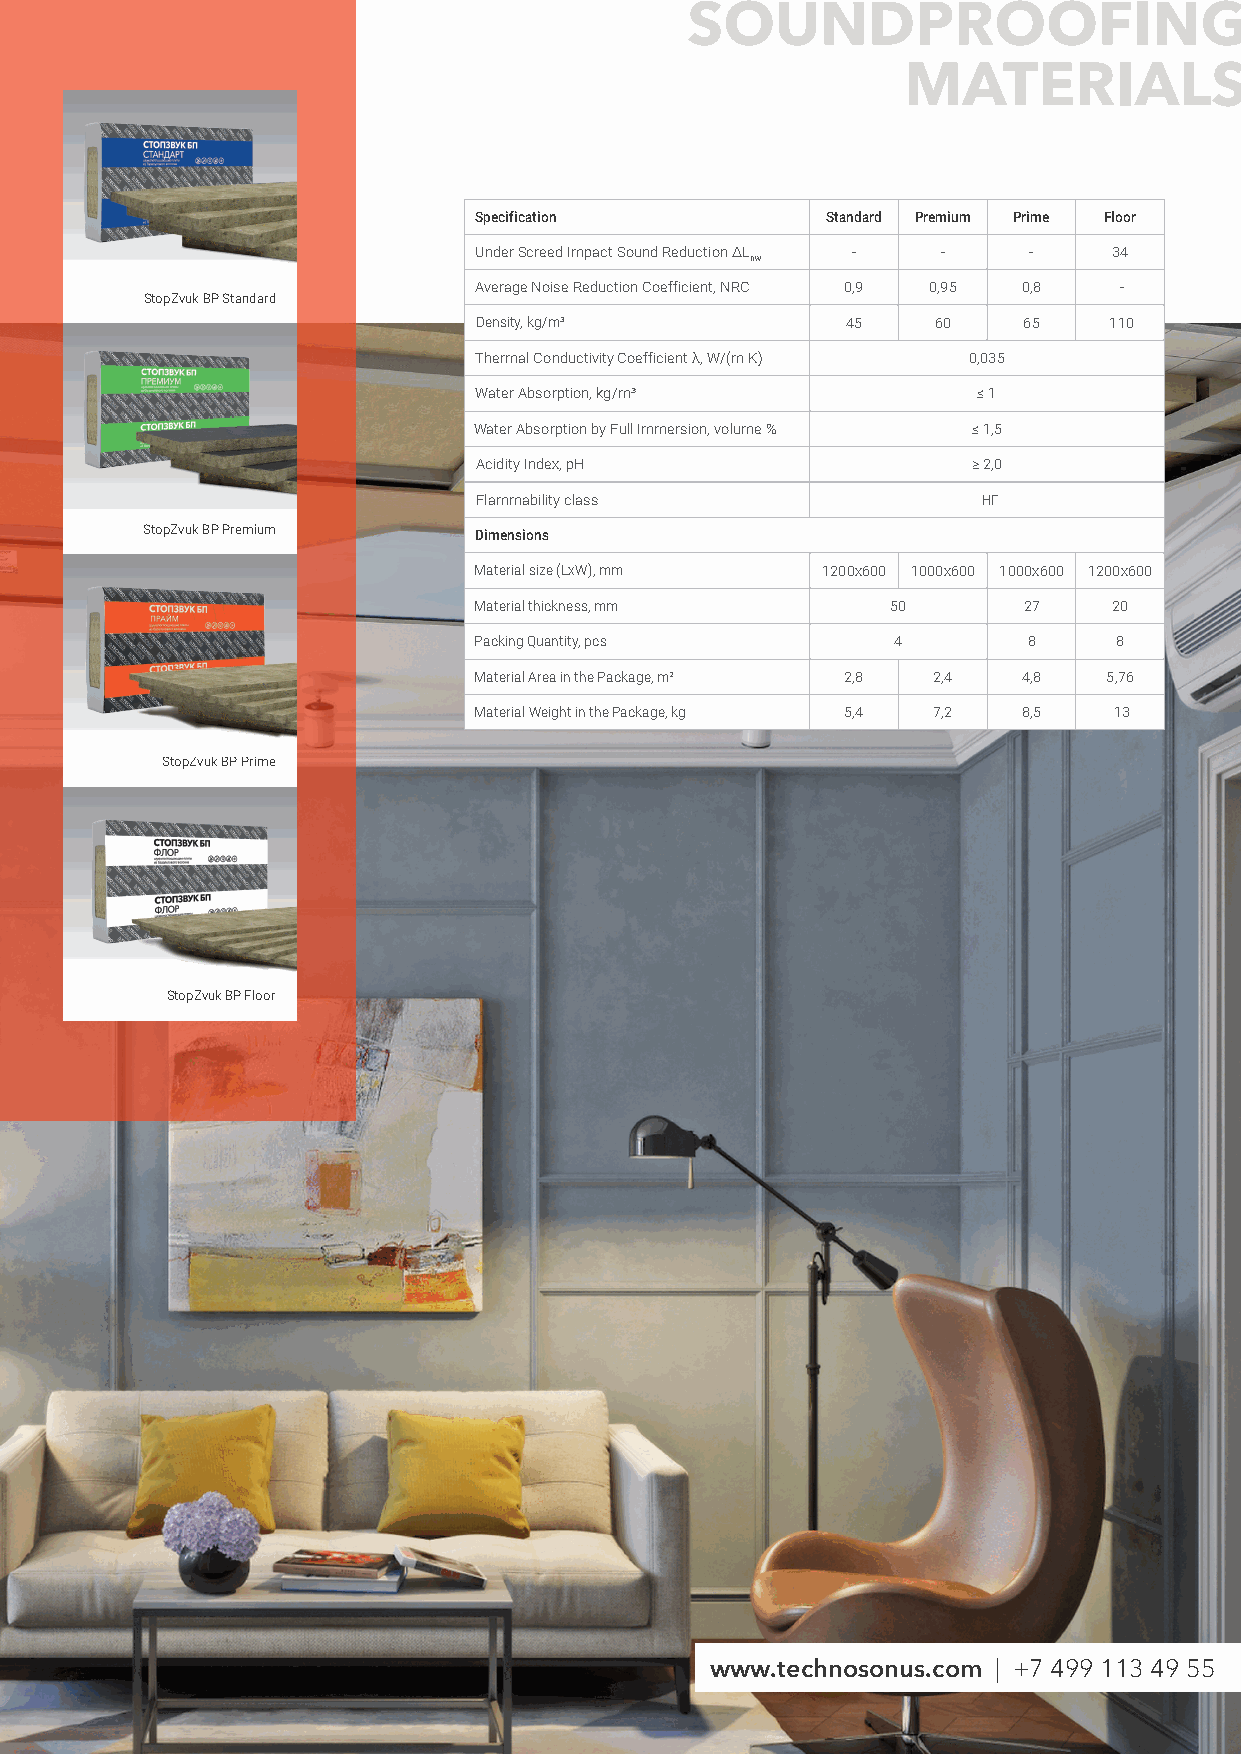
SOUNDPROOFING
 MATERIALS
 Specification           Standard Premium Prime Floor
 Under Screed Impact Sound Reduction ∆L - - - 34
 nw
 Average Noise Reduction Coefficient, NRC 0,9 0,95 0,8 -
 StopZvuk BP Standard
 Density, kg/m³           45    60    65   110
 Thermal Conductivity Coefficient λ, W/(m K) 0,035
 Water Absorption, kg/m³           ≤ 1
 Water Absorption by Full Immersion, volume % ≤ 1,5
 Acidity Index, pH                ≥ 2,0
 Flammability class                НГ
 StopZvuk BP Premium   Dimensions
 Material size (LxW), mm 1200х600 1000х600 1000х600 1200х600
 Material thickness, mm      50       27    20
 Packing Quantity, pcs       4        8     8
 Material Area in the Package, m² 2,8 2,4 4,8 5,76
 Material Weight in the Package, kg 5,4 7,2 8,5 13
 StopZvuk BP Prime
 StopZvuk BP Floor
 www.technosonus.com | +7 499 113 49 55